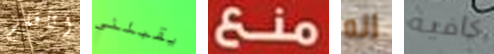
أتأقلم يقبلني منع انه كافيه